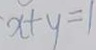
x + y = 1